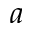
a